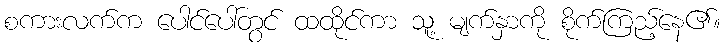
စကားလက်က ပေါင်ပေါ်တွင် ထထိုင်ကာ သူ့ မျက်နှာကို စိုက်ကြည့်နေ၏။